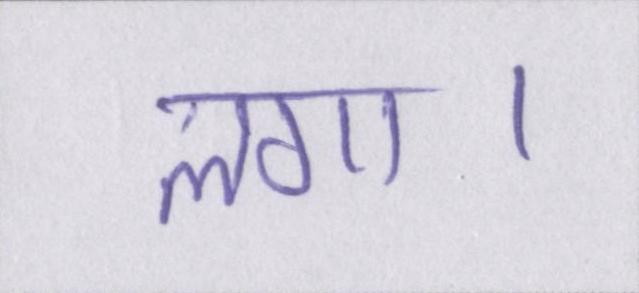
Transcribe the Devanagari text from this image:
लगा।